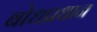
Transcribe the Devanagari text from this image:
बोधप्रधान